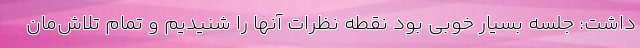
داشت: جلسه بسیار خوبی بود نقطه نظرات آنها را شنیدیم و تمام تلاش‌مان